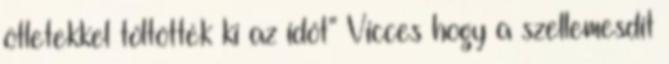
ötletekkel töltötték ki az időt” Vicces hogy a szellemesdit